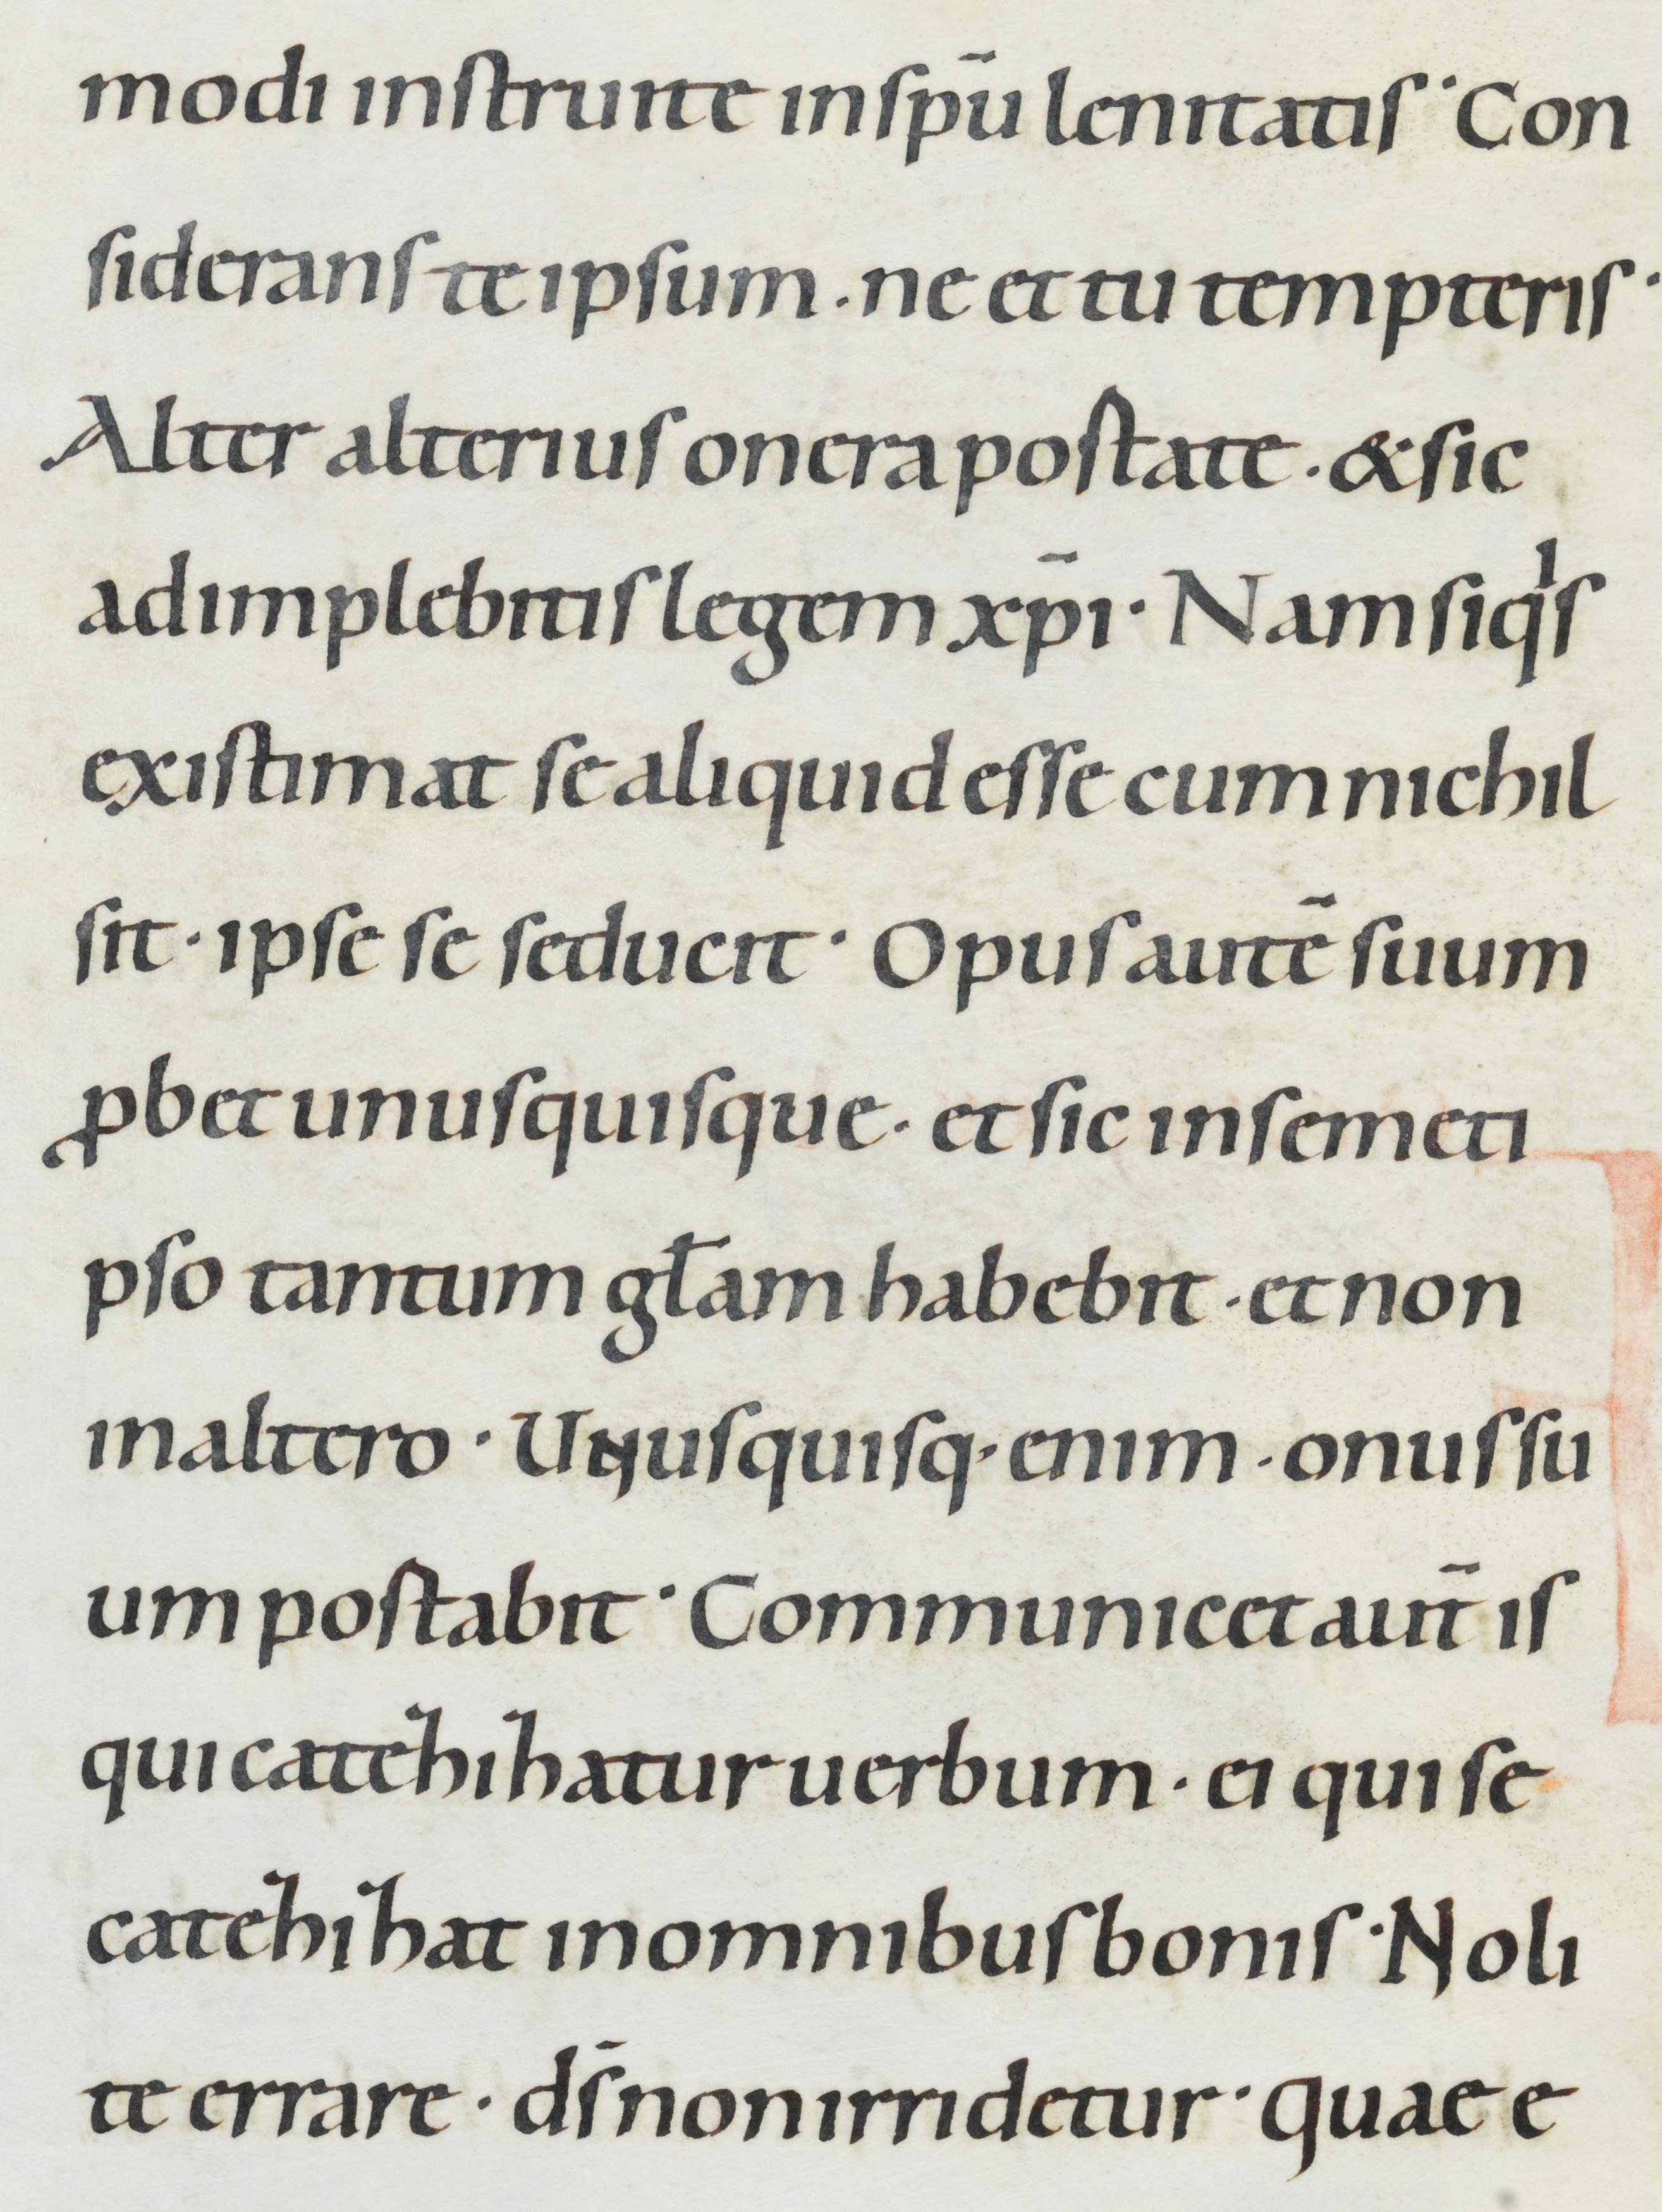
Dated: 1000–1049